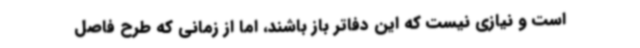
است و نیازی نیست که این دفاتر باز باشند، اما از زمانی که طرح فاصل